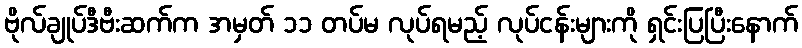
ဗိုလ်ချုပ်ဒီဗီးဆက်က အမှတ် ၁၁ တပ်မ လုပ်ရမည့် လုပ်ငန်းများကို ရှင်းပြပြီးနောက်